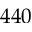
4 4 0